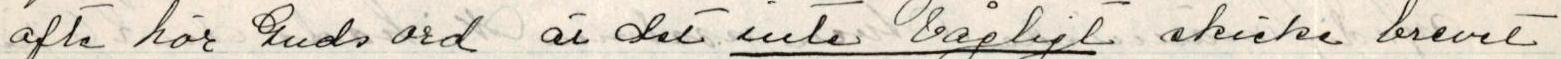
ofte hör Guds ord är det inte vågligt skicke brevet